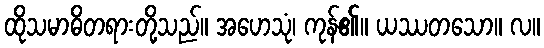
ထိုသမာဓိတရားတို့သည်။ အဟေသုံ၊ ကုန်၏။ ယဿတသော။ လ။